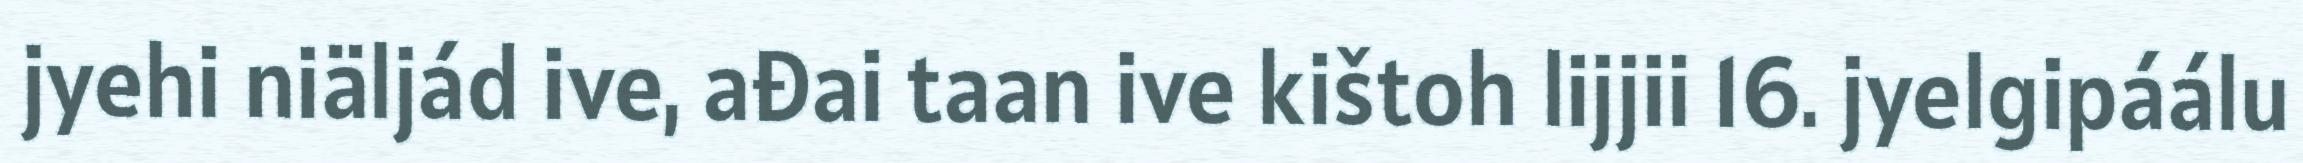
jyehi niäljád ive, ađai taan ive kištoh lijjii 16. jyelgipáálu